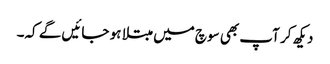
دیکھ کر آپ بھی سوچ میں مبتلا ہو جائیں گے کہ۔